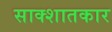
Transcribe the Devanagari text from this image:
साक्शातकार